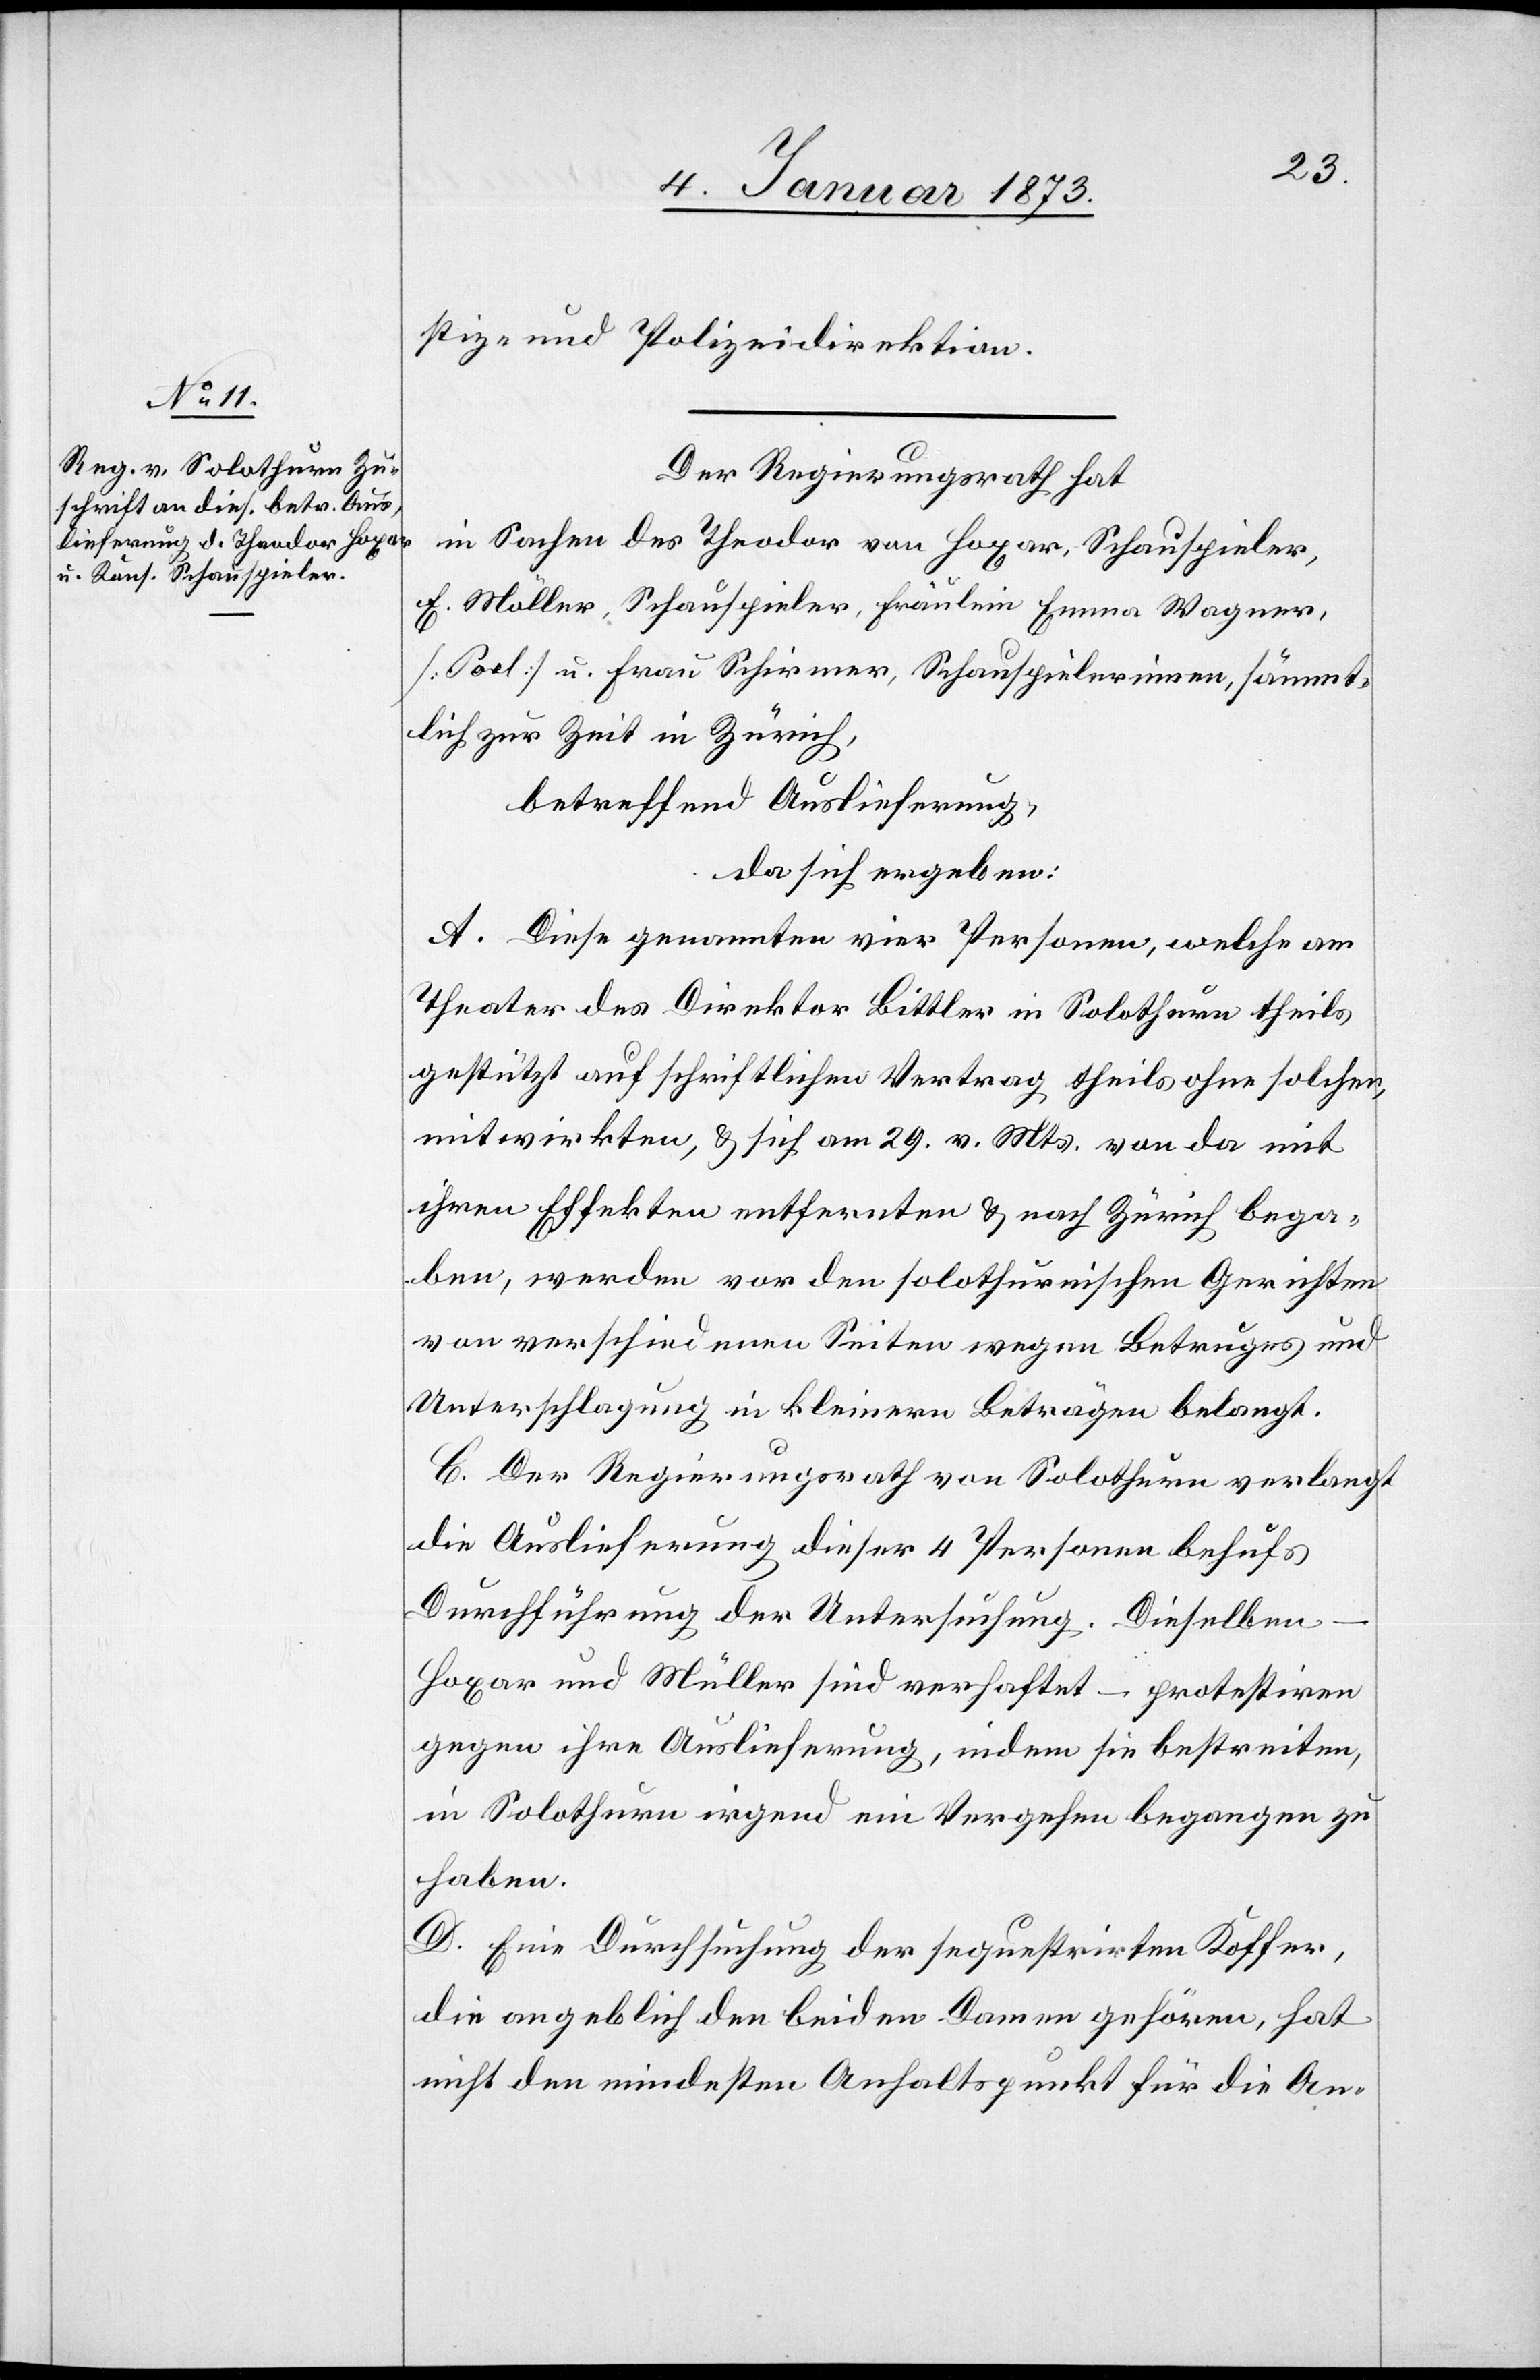
stiz- und Polizeidirektion.
Der Regierungsrath hat
in Sachen des Theodor von Hoxar, Schauspieler,
F. Möller, Schauspieler, Fräulein Emma Wagner,
[?Pael] u. Frau Schirmer, Schauspielerinnen, sämmt¬
lich zur Zeit in Zürich,
betreffend Auslieferung,
da sich ergeben:
A. Diese genannten vier Personen, welche am
Theater des Direktor Bittler in Solothurn theils
gestützt auf schriftlichen Vertrag theils ohne solchen,
mitwirkten, & sich am 29. v. Mts. von da mit
ihren Effekten entfernten & nach Zürich bege¬
ben, werden vor den solothurnischen Gerichten
von verschiedenen Seiten wegen Betruges und
Unterschlagung in kleinern Beträgen belangt.
B. Der Regierungsrath von Solothurn verlangt
die Auslieferung dieser 4 Personen behufs
Durchführung der Untersuchung. Dieselben
Hoxar und Müller [sic!] sind verhaftet – protestiren
gegen ihre Auslieferung, indem sie bestreiten,
in Solothurn irgend ein Vergehen begangen zu
haben.
Eine Durchsuchung der sequestrirten Koffer,
die angeblich den beiden Damen gehören, hat
nicht den mindesten Anhaltspunkt für die An